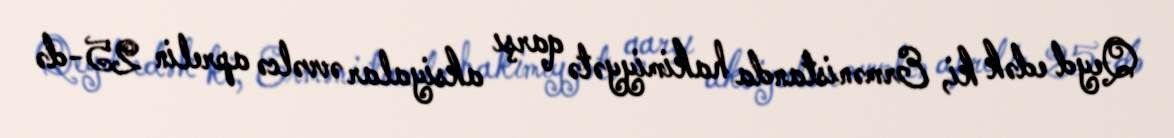
Qeyd edək ki, Ermənistanda hakimiyyətə qarşı aksiyalar əvvəlcə aprelin 25-də